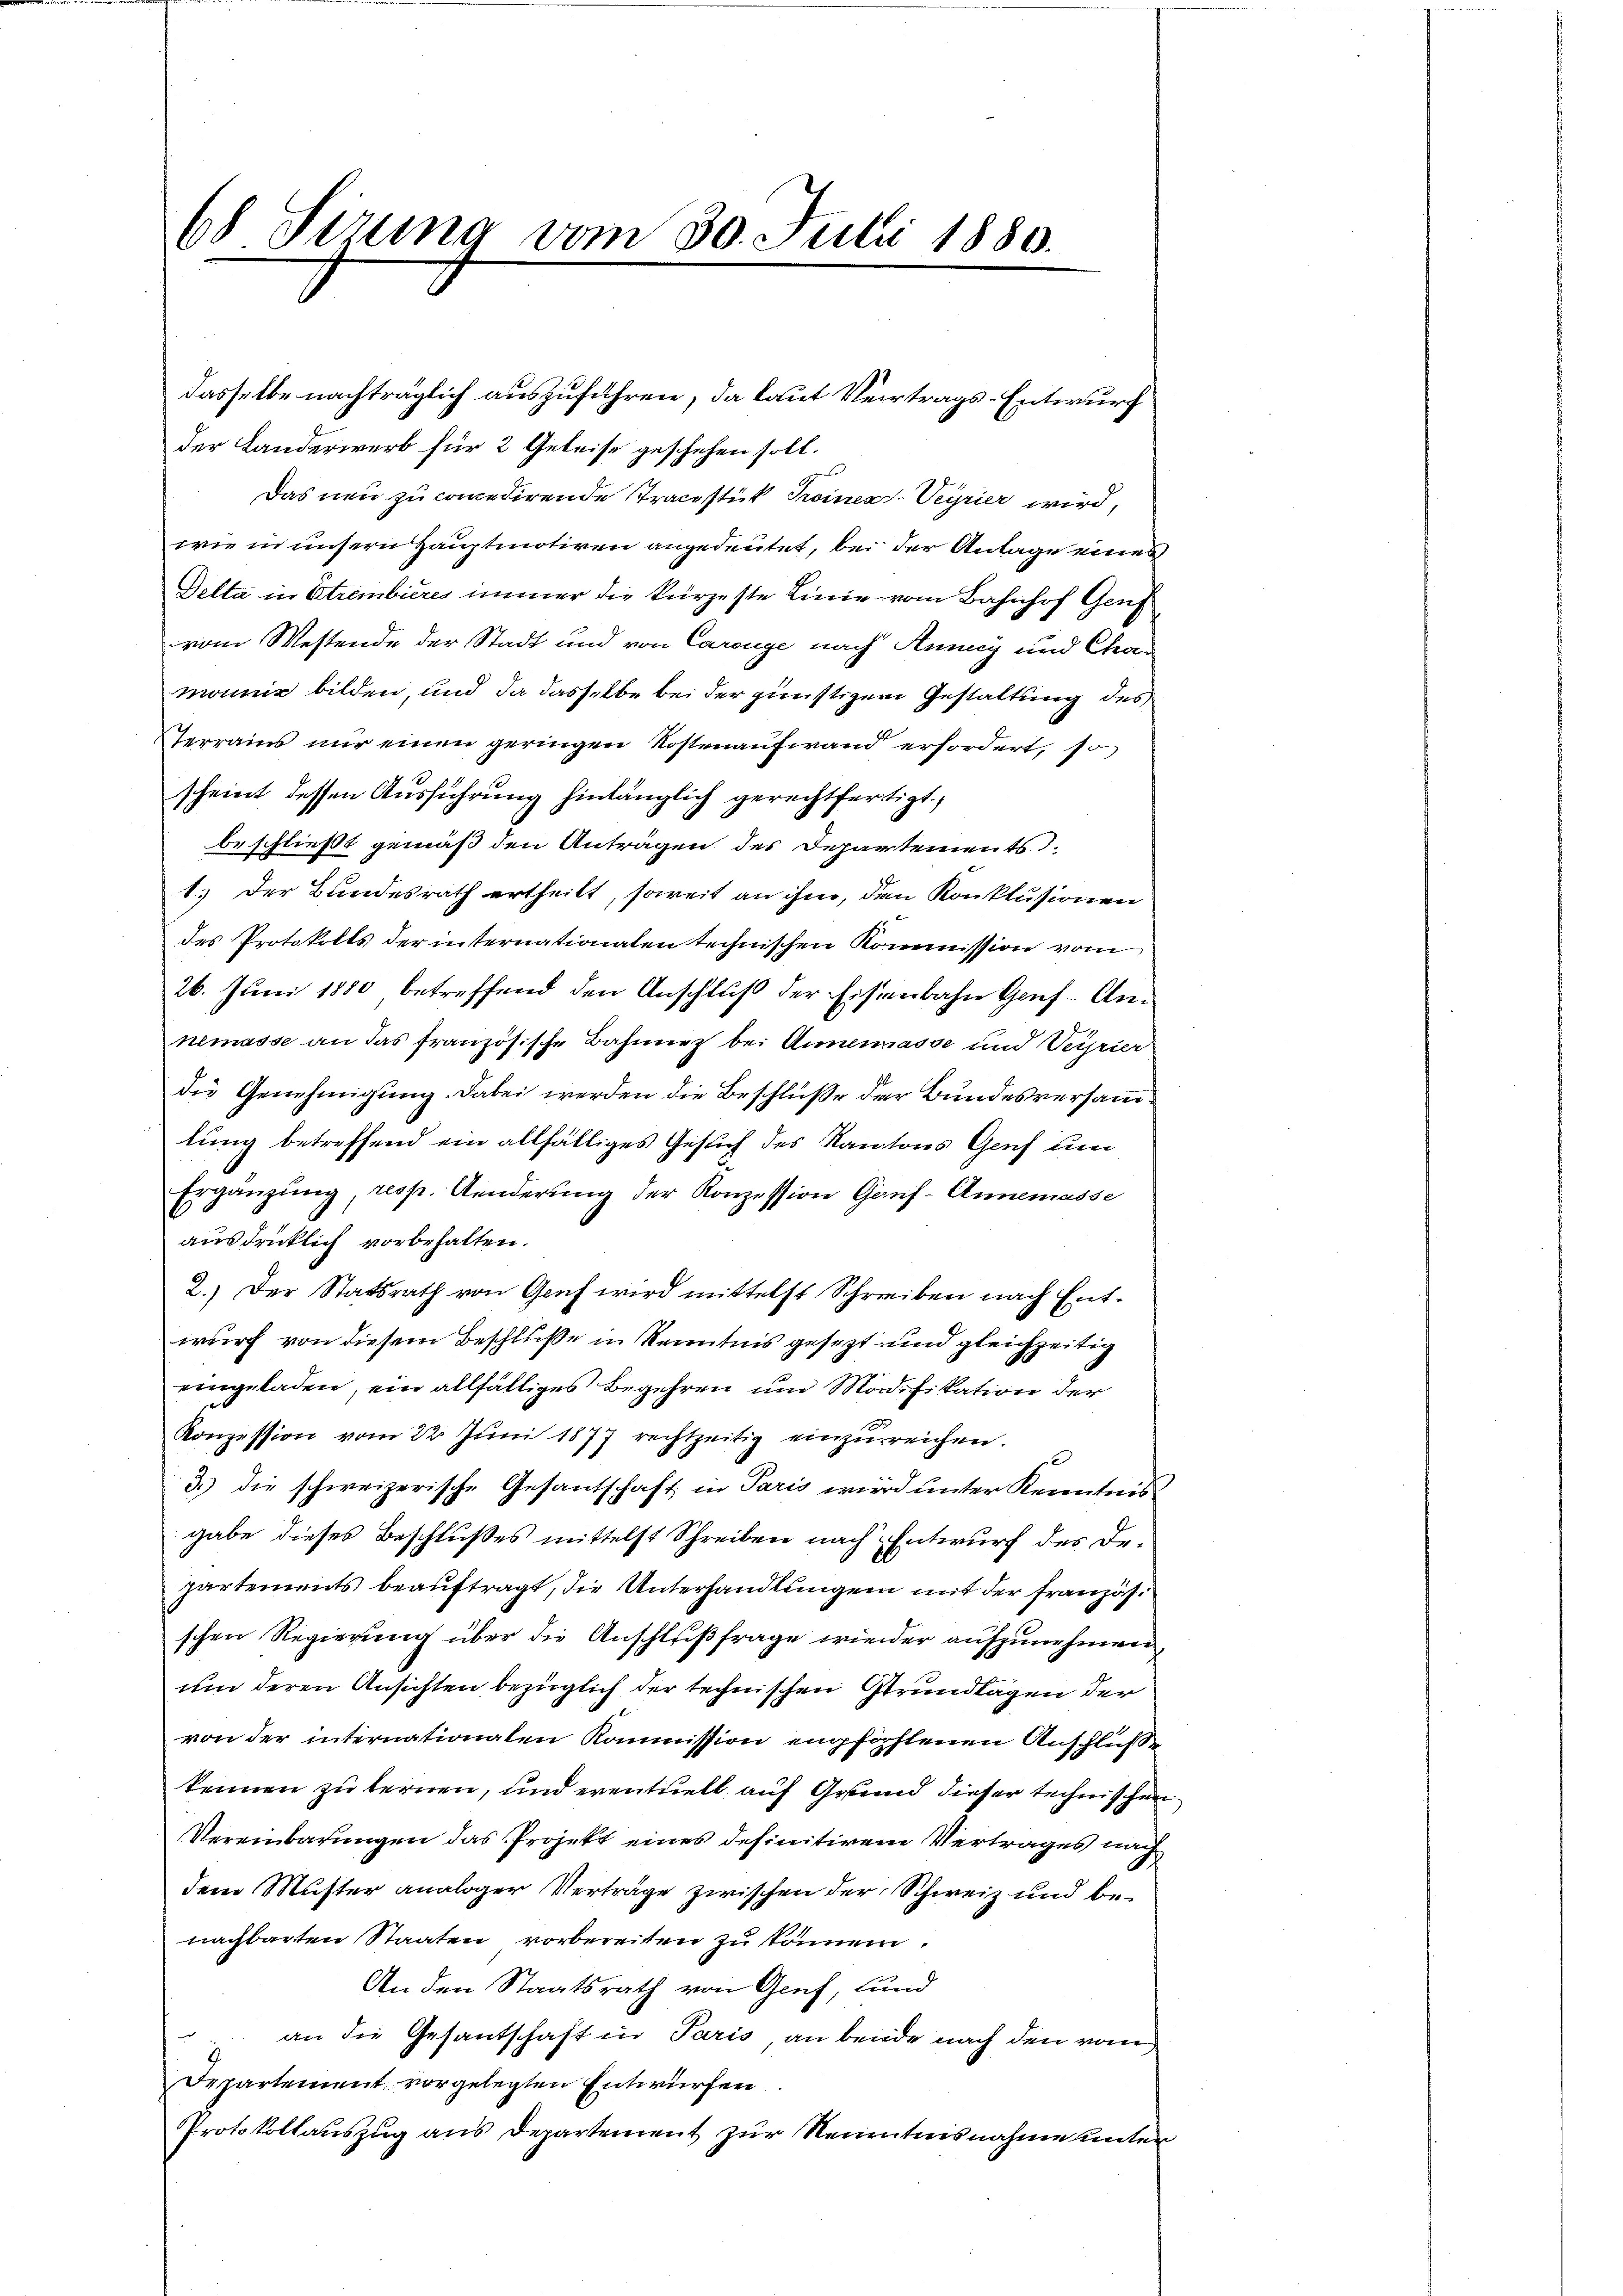
68 Sizung vom 30. Julii 1880.

dasselbe nachträglich auszuführen, da laut Vertrags-Entwurf
der Landerwerb für 2 Geleise geschehen soll.
Das neu zu concedirende Tracestit Troines Seyrier wird,
wie in unsern Hauptmotiven angedeutet, bei der Antage einer
Detta in Etrembieres immer die kürzeste Linie vom Bahnhof Genf
vom Westende der Stadt und von Carenge nach Anny und Chamonne bilden, und da dasselbe bei der günstigem Gestattung des
Terrains nur einen geringen Kostenaufwand erfordert, so
scheint dessen Ausführung hinlänglich gerechtfertigt.
beschließt gemäß den Anträgen des Departements
1.) Der Bundesrath ertheilt, soweit an ihm, den Konklusionen
des Protokolls der internationalen technischen Kommission vom
26. Juni 1880 betreffend den Anschluß der Eisenbahn Genf-Annemasse an das französische Bahnnez bei Anmasse und Verrier
die Genehmigung. Dabei werden die Beschlüße der Bundesversammlung betreffend ein allfälliges Gesuch des Kantons Genf um
Ergänzŭng, resp. Anderŭng der Konzession Gans-Annemasse
ausdrücklich vorbehalten.
2.) Der Statsrath von Genf wird mittelst Schreiben nach Entwurf von diesem Beschluße in Kenntnis gesezt und gleichzeitig
eingeladen, ein allfälliges Begehren und Modifikation der
Konzession vom 22. Jŭni 1877 rechtzeitig einzŭreichen.
3.) die schweizerische Gesantschaft in Paris wird unter Kenntnis
gabe dieses Beschlußes mittelst Schreiben nach Entwurf des Departements beauftragt, die Unterhandlungen mit der Französschen Regierung über die Anschlußfrage wieder aufzunehmen,
um deren Ansichten bezüglich der technischen Grundlagen der
von der internationalen Kommission empfohlenen Anschluße
kennen zu lernen, und eventuell auf Grund dieser technische
Vereinbarungen das Projekt eines definitivem Vertrages nach
dem Muster analoger Verträge zwischen der Schweiz und benachbarten Staaten vorbereiten zu können
An den Staatsrath von Genf, und
 an die Gesantschaft in Paris an beide nach den vom
Departement vorgelegten Entwürfen
Protokollauszug aus Departement zur Neuntnisnahme unter

s

te.
t